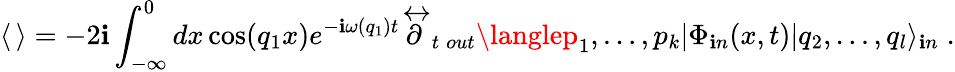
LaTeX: \langle\, \rangle=-2\mathbf{i}\int_{-\infty}^{0}dx\cos(q_{1}x)e^{-\mathbf{i}\omega(q_{1})t}{\mathop{\partial}^{\leftrightarrow}}_{t}\, _{out}\langlep_{1},\dots,p_{k}|\Phi_{\mathbf{i}n}(x,t)|q_{2},\dots,q_{l}\rangle_{\mathbf{i}n}\; .